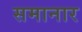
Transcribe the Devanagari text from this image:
समानार